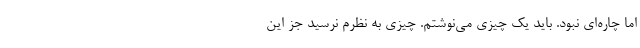
اما چاره‌ای نبود. باید یک چیزی می‌نوشتم. چیزی به نظرم نرسید جز این